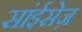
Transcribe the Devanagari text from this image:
सांईसेज़